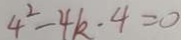
4 ^ { 2 } - 4 k \cdot 4 = 0